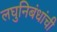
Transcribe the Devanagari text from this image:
लघुनिबंधांची